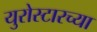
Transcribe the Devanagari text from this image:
युरोस्टारच्या